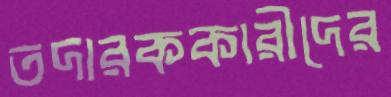
তদারককারীদের